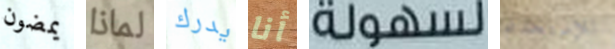
يمضون لماذا يدرك أنا لسهولة للإستخدام